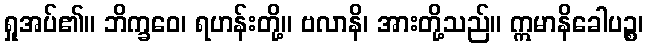
ရှုအပ်၏။ ဘိက္ခဝေ၊ ရဟန်းတို့။ ဗလာနိ၊ အားတို့သည်။ ဣမာနိခေါပဉ္စ၊